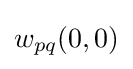
w_{pq}(0,0)